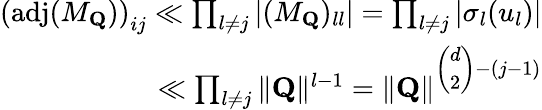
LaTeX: \begin{array}{r}{\left(\operatorname{adj}(M_{\mathbf{Q}})\right)_{ij}\ll\prod_{l\neq j}\vert(M_{\mathbf{Q}})_{ll}\vert=\prod_{l\neq j}\vert\sigma_{l}(u_{l})\vert}\\ {\ll\prod_{l\neq j}\Vert\mathbf{Q}\Vert^{l-1}=\Vert\mathbf{Q}\Vert^{\left(\begin{array}{l}{d}\\ {2}\end{array}\right)-(j-1)}}\end{array}